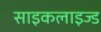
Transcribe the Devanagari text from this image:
साइकलाइज्ड